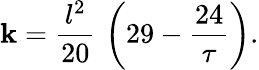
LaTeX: \mathbf{k}={\frac{{l^{2}}}{{20}}}\, \left(29-{\frac{{24}}{{\tau}}}\right).